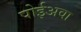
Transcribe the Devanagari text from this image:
पोईअवा